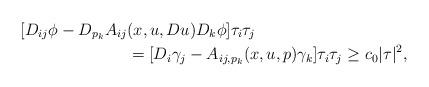
LaTeX: \begin{align*} [D_{ij}\phi - D_{p_k}A_{ij}&(x,u,Du)D_k\phi]\tau_i\tau_j \\ &=[D_i \gamma_j-A_{ij,p_k}(x,u,p)\gamma_k]\tau_i\tau_j \geq c_0|\tau|^2, \end{align*}